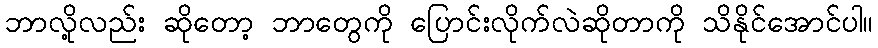
ဘာလို့လည်း ဆိုတော့ ဘာတွေကို ပြောင်းလိုက်လဲဆိုတာကို သိနိုင်အောင်ပါ။